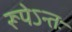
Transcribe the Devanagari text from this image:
रूपेऽन्तः